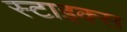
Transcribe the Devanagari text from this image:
स्टाइक्स